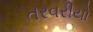
તરવરીયો